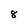
Character: 8